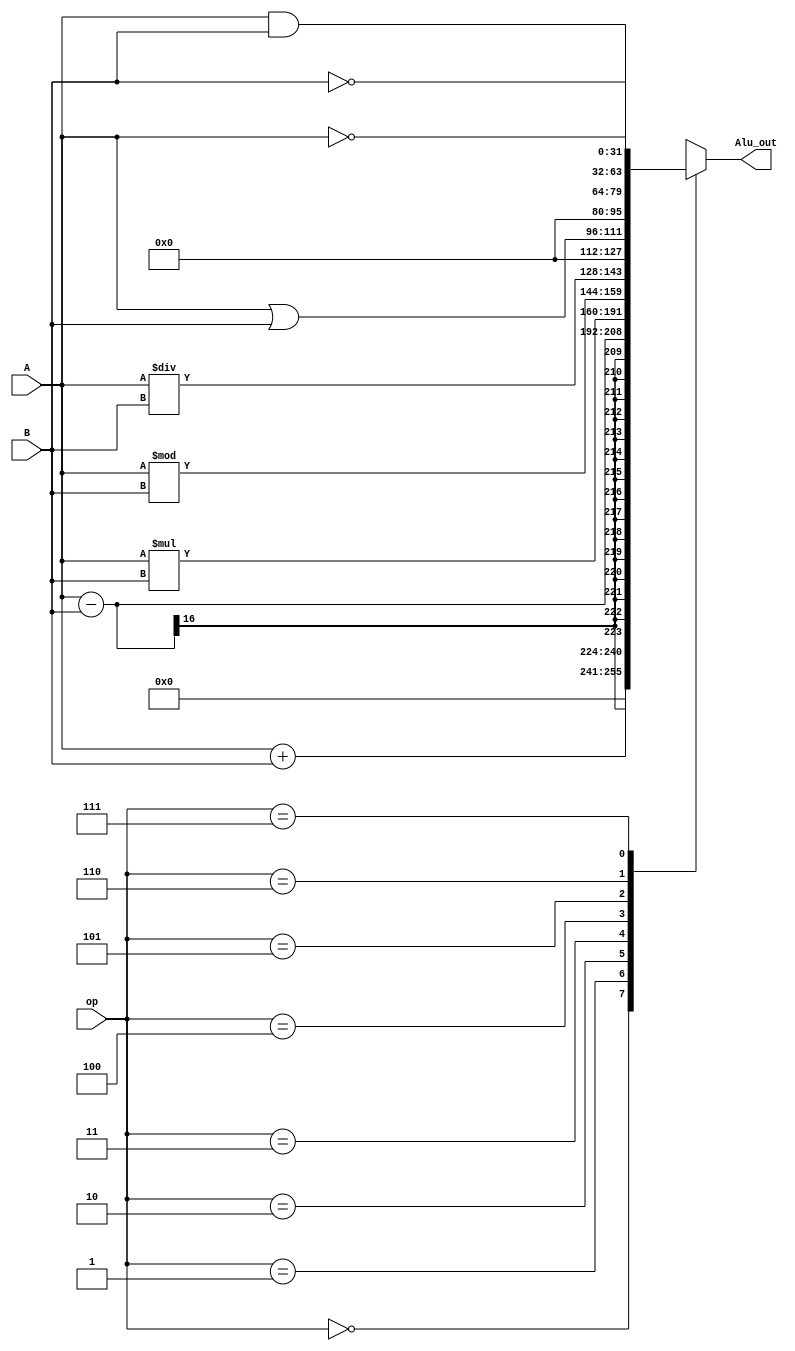

module ALU(
    
        input [15:0] A,
        input [15:0] B,
        input [2:0] op ,
        output reg[31:0]Alu_out
 
      
    );
    
    always@(*)
    begin
             case(op)
             3'b000 : Alu_out=A+B;
             3'b001 : Alu_out=A-B;
             3'b010 : Alu_out=A*B;
             3'b011: Alu_out={A%B , A/B};
             3'b100 : Alu_out=A|B;
             3'b101 : Alu_out=A&B;
             3'b110 : Alu_out=~A;
             3'b111 : Alu_out=~B;
             default: Alu_out=0;
             endcase
        
    
 end

endmodule